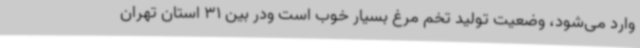
وارد می‌شود، وضعیت تولید تخم مرغ بسیار خوب است ودر بین 31 استان تهران